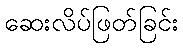
ဆေးလိပ်ဖြတ်ခြင်း